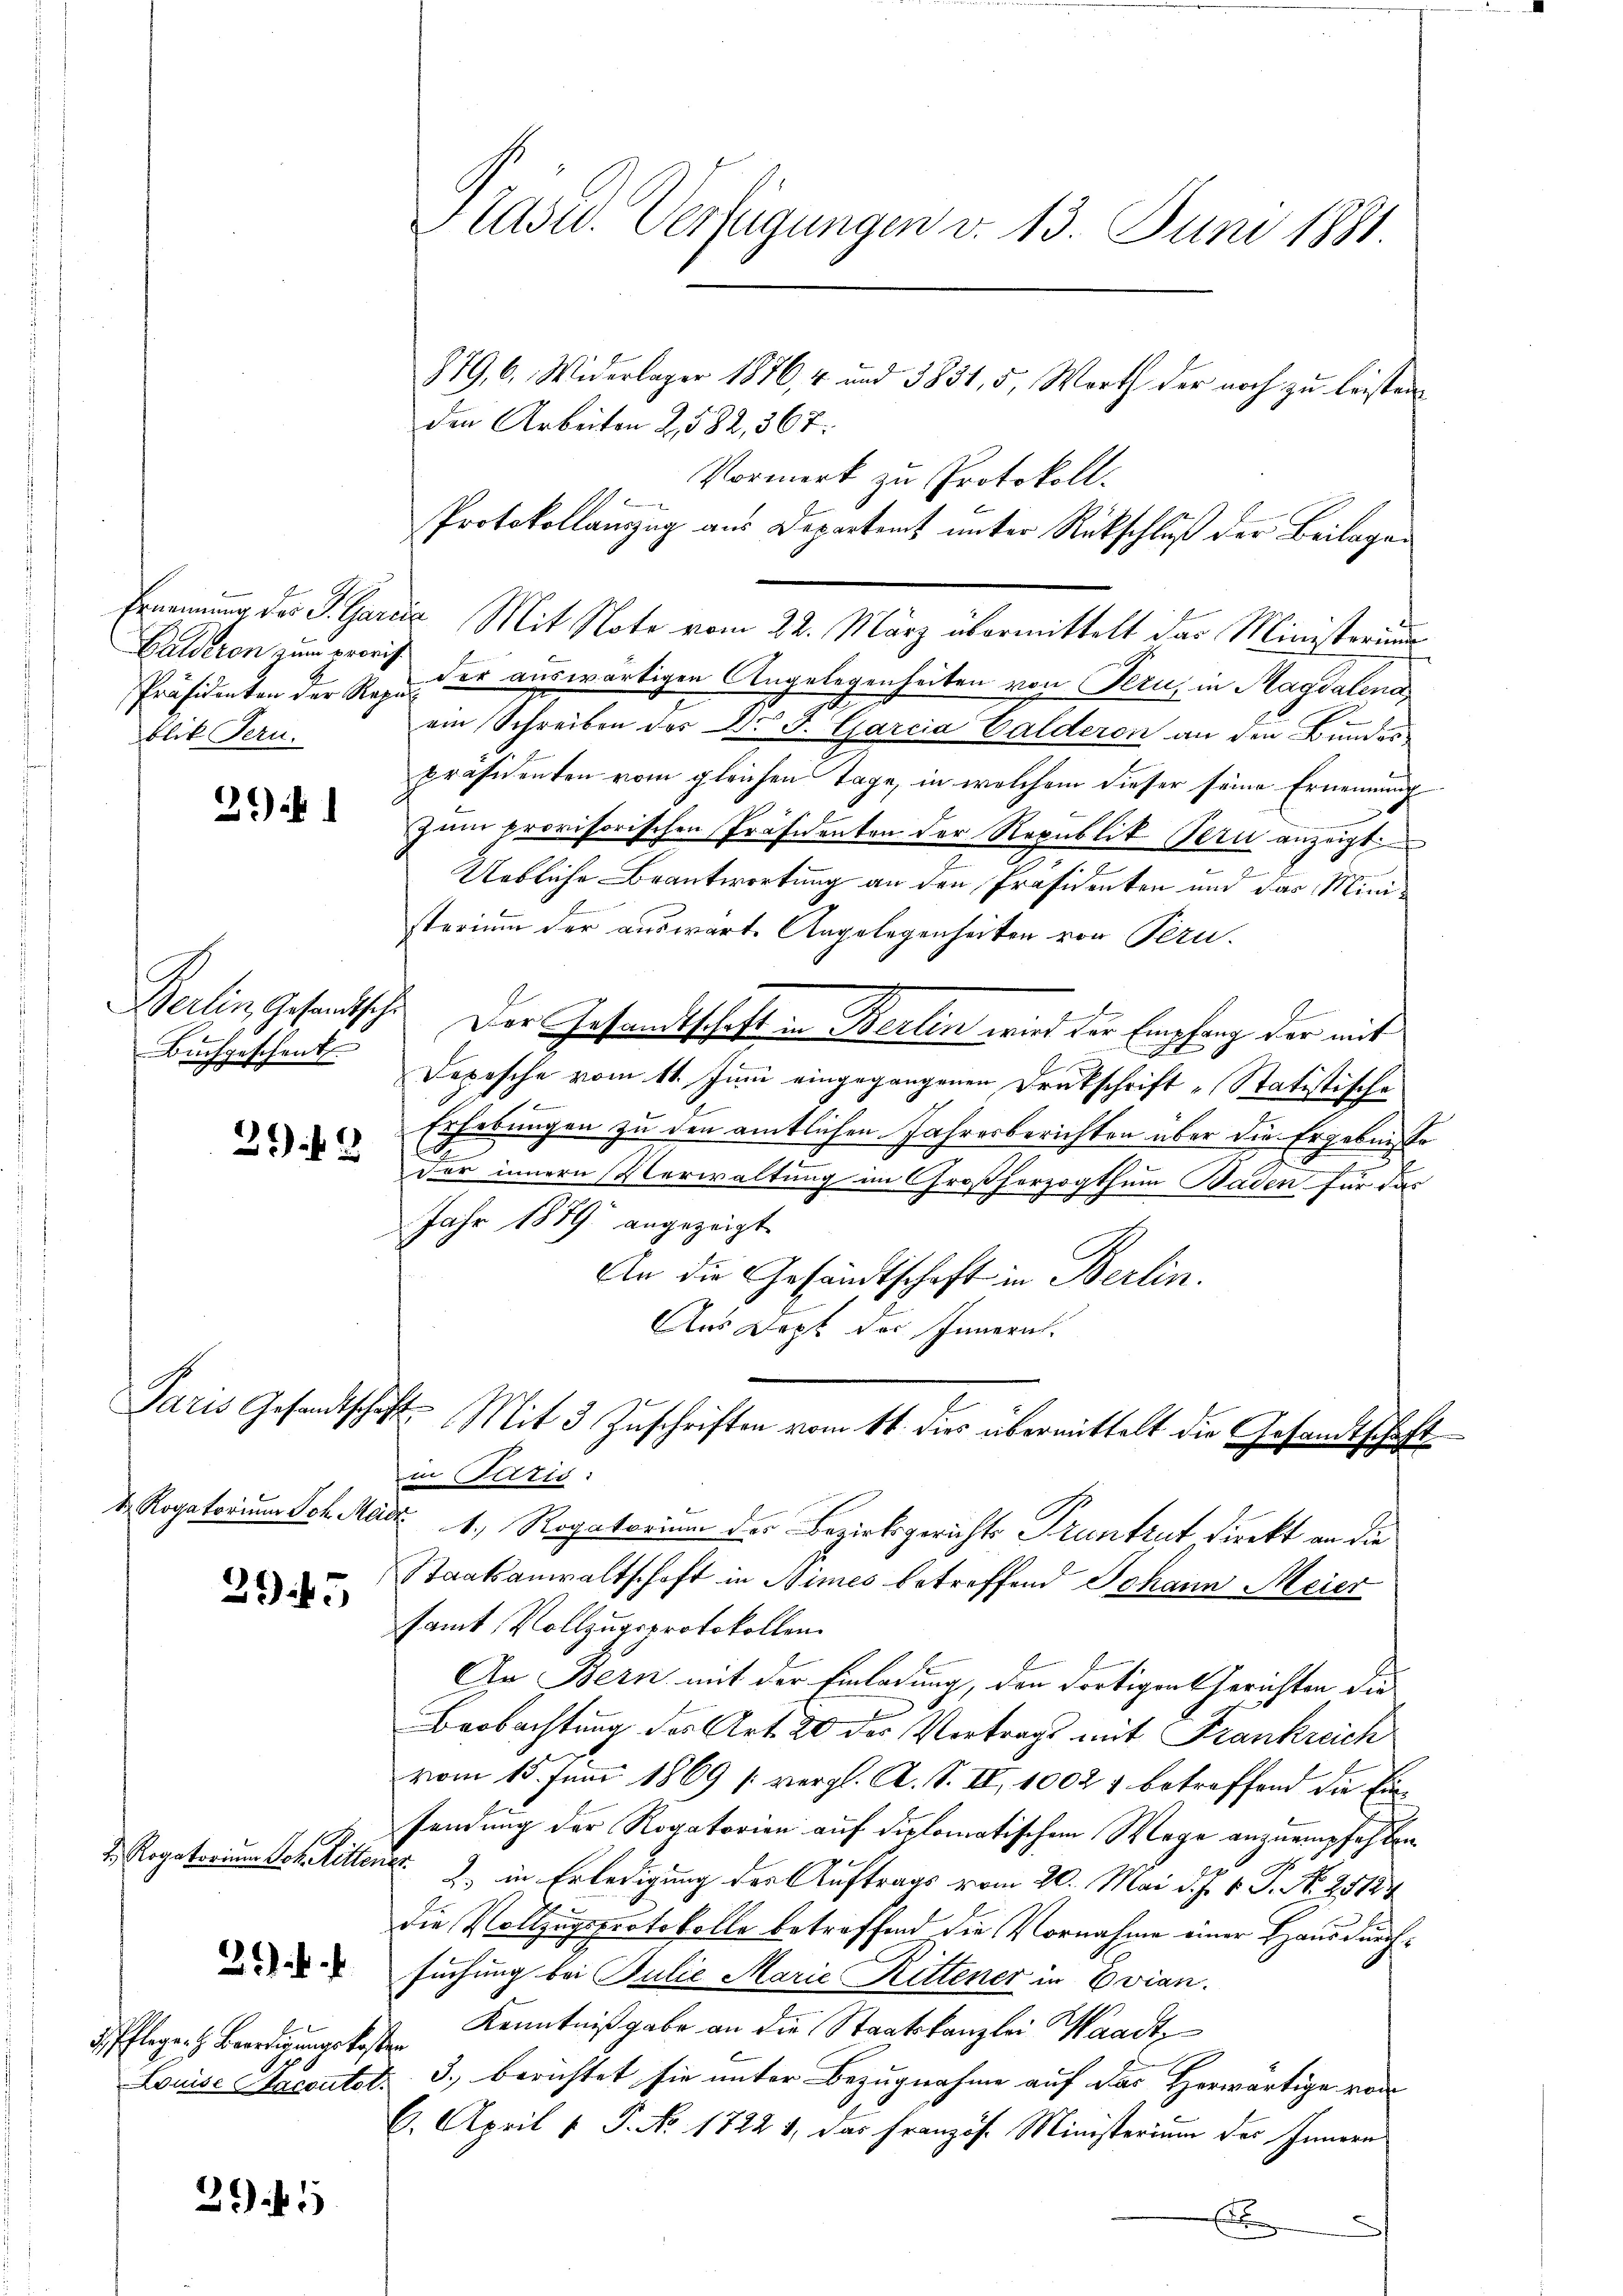
Balderen zum provis
blik Fern.

2*)

Buchgeschenk

299

Paris Gesandtschaft
 Rogatorium Joh. Mad.

395

d Rogatorium Joh. Ritter.
d. Pflege. H. Bertigungskoste
Louise Sacoutol.

31).

29. 5

Plast. Verfügungen v. 13. Juni 1881.

879, 6. Widerlager 1876, 4 und 3831, 5, Worth der noch zu leisten
den Arbeiten 2,582, 367.
Vormerk zu Protokoll.
Protokollauszug aus Departent unter Rückschluß der Beilagen
Ernennung des J. Garie Mit Note vom 22. März übermittelt das Ministerium
Präsidenten der Rezu der auswärtigen Angelegenheiten von Peru, in Magdalena,
ein Schreiben des Dr J. Garcia Balderon an den Bundes
Präsidenten vom gleichen Tage, in welchem dieser seine Ernennung
zum provisorischen Präsidenten der Republik Bern anzeigt.
c
Uebliche Beantwortung an den Präsidenten und das Mini¬
E
sterium der auswarte Angelegenheiten von Peru¬
Berlin, Gesandtsche Der Gesandtschaft in Berlin wird der Empfang der mit
E
Depesche vom 11. Juni eingegangenen Drukschrift „Statistische
Erhebungen zu den amtlichen Jahresberichten über die Ergebnisse
n
Der innern Verwaltung im Großherzogthum Baden für das
Jahr 1879 angezeigt
An die Gesandtschaft in Berlin.
Aus Dept der Innern.
E
Mit 3 Zuschriften vom 11. dies übermittelt die Gesandtschaft
in Paris:
d 1., Rogatorium der Bezirksgerichts Pruntrut direkt an die
Staatsanwaltschaft in Nimes betreffend Johann Meier
samt Vollzugsprotokollen
An Bern mit der Einladung, den dortigen Gerichten die
Beobachtung des Art. 20 der Vortrags mit Frankreich
vom 15. Juni 1869 vergl. A. S. II, 10027 betreffend die Einsendung der Rogatorien auf diplomatischem Wege anzuempfehlen.
 2) in Erledigung der Auftrags vom 20. Mai d. J. V. P. N. 21184
die Vollzugsprotokolle betreffend die Vornahme einer Haus durchsuchung bei Julie Marie Rittener in Evian.
" Kenntnißgabe an die Staatskanzlei Waadt,
3.) berichtet sie unter Bezugnahme auf das Horwärtige von
6. April 1. P. No. 1722 1, das Französ. Ministerium des Innern
E